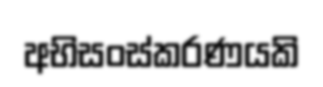
අභිසංස්කරණයකි